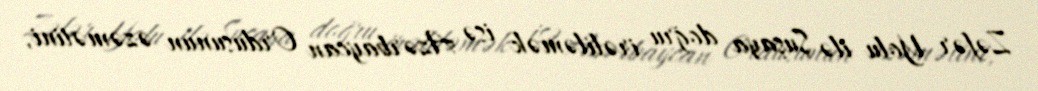
Zəfər Yolu ilə Şuşaya doğru irəliləmək isə Azərbaycan Ordusunun əzəmətini,